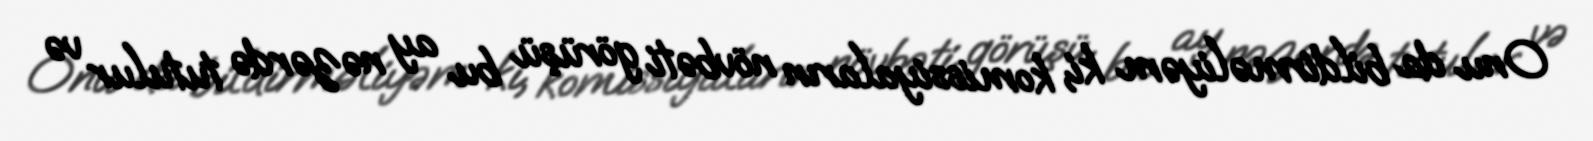
Onu da bildirməliyəm ki, komissiyaların növbəti görüşü bu ay nəzərdə tutulur və